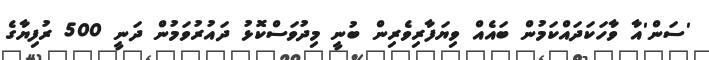
'ސަން'އާ ވާހަކަދައްކަމުން ބައެއް ވިޔަފާރިވެރިން ބުނީ މިދުވަސްކޮޅު ދައުރުވަމުން ދަނީ 500 ރުފިޔާގެ